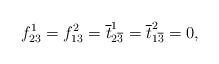
LaTeX: \begin{align*}f^1_{23}=f^2_{13}=\overline{t}^1_{2\overline{3}}=\overline{t}^2_{1\overline{3}}=0, \end{align*}